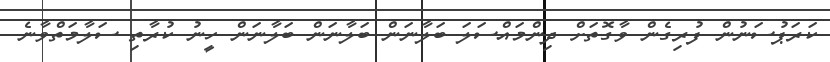
ކަރަޕުސަނުން ފުރިގެން ވާގޮތަށް ދިންމައްސަލަ ބަލާނަން ބަލާނަން ބަލާނަން ހީނު ކުރާތި ސަލާމަތްވާނެ